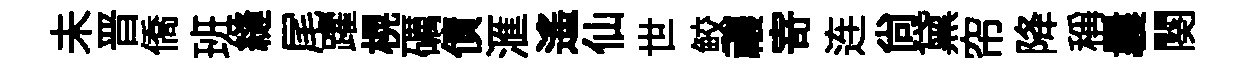
未晋僑班縫尾躍榥礪債滙遥仙世鲛禳𭔃连尙黛帘降稱曩闋